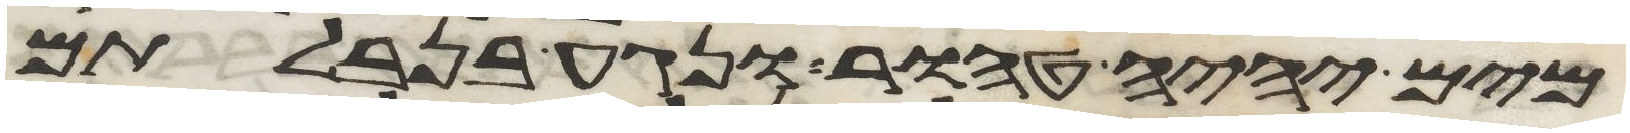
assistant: מים יהיה טהור ונגע בנבלתם